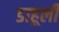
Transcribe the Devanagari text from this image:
डाहूली